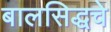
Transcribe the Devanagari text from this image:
बालसिद्धचे